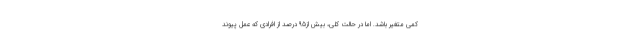
کمی متغیر باشد. اما در حالت کلی، بیش از95 درصد از افرادی که عمل پیوند